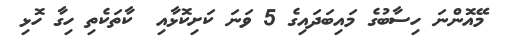
މޭއޮންނަ ހިސާބުގެ މައިބަދައިގެ 5 ވަނަ ކަށިކޮޅާއި  ކާތަކެތި ހިގާ ހޮޅި